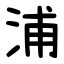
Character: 浦